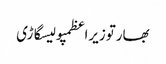
بھارتوزیراعظمپولیسگاڑی